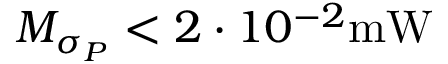
M _ { \sigma _ { P } } < 2 \cdot 1 0 ^ { - 2 } \mathrm { m W }